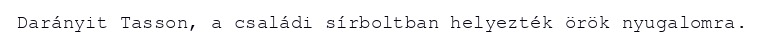
Darányit Tasson, a családi sírboltban helyezték örök nyugalomra.